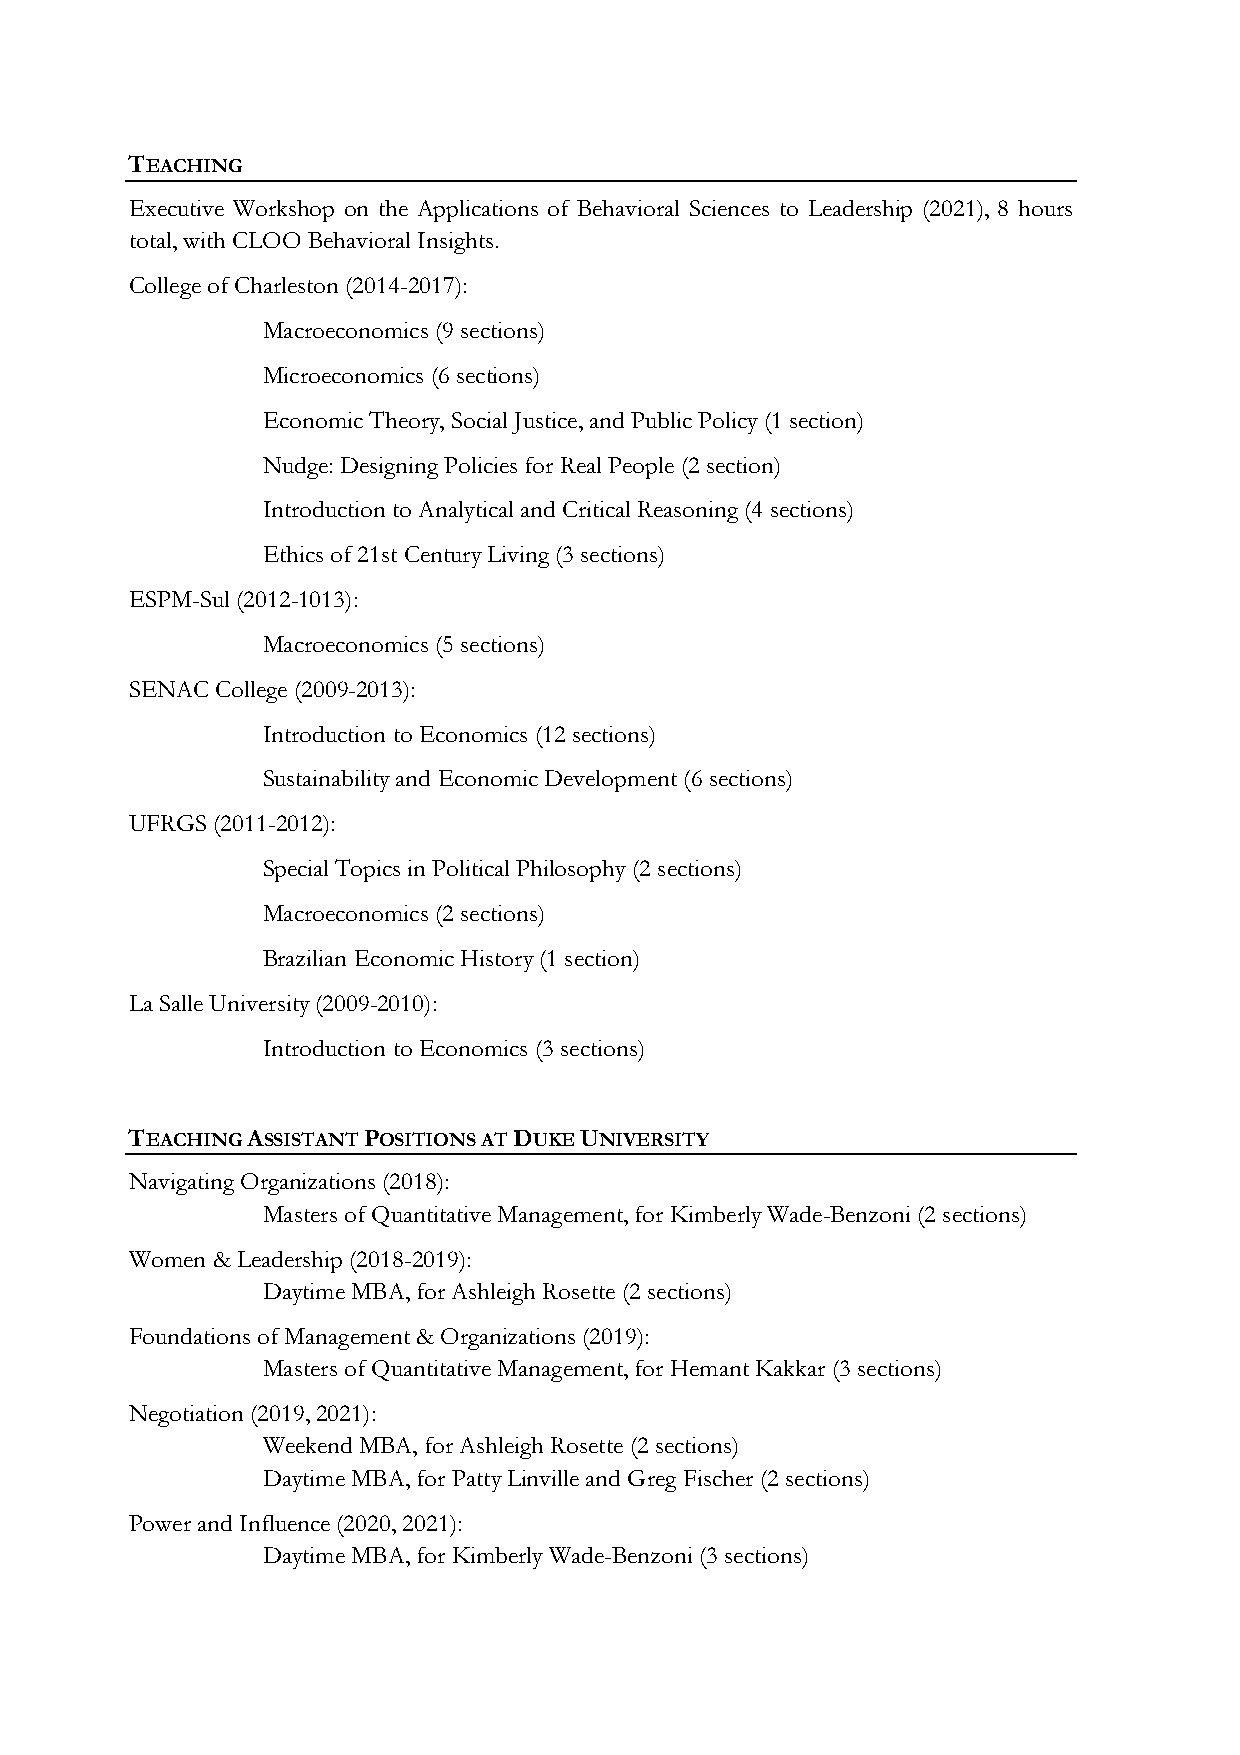
TEACHING
 Executive Workshop on the Applications of Behavioral Sciences to Leadership (2021), 8 hours
 total, with CLOO Behavioral Insights.
 College of Charleston (2014-2017):
 Macroeconomics (9 sections)
 Microeconomics (6 sections)
 Economic Theory, Social Justice, and Public Policy (1 section)
 Nudge: Designing Policies for Real People (2 section)
 Introduction to Analytical and Critical Reasoning (4 sections)
 Ethics of 21st Century Living (3 sections)
 ESPM-Sul (2012-1013):
 Macroeconomics (5 sections)
 SENAC College (2009-2013):
 Introduction to Economics (12 sections)
 Sustainability and Economic Development (6 sections)
 UFRGS (2011-2012):
 Special Topics in Political Philosophy (2 sections)
 Macroeconomics (2 sections)
 Brazilian Economic History (1 section)
 La Salle University (2009-2010):
 Introduction to Economics (3 sections)
 TEACHING ASSISTANT POSITIONS AT DUKE UNIVERSITY
 Navigating Organizations (2018):
 Masters of Quantitative Management, for Kimberly Wade-Benzoni (2 sections)
 Women & Leadership (2018-2019):
 Daytime MBA, for Ashleigh Rosette (2 sections)
 Foundations of Management & Organizations (2019):
 Masters of Quantitative Management, for Hemant Kakkar (3 sections)
 Negotiation (2019, 2021):
 Weekend MBA, for Ashleigh Rosette (2 sections)
 Daytime MBA, for Patty Linville and Greg Fischer (2 sections)
 Power and Influence (2020, 2021):
 Daytime MBA, for Kimberly Wade-Benzoni (3 sections)